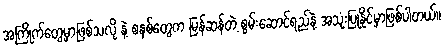
အကြိုက်တွေ့မှာဖြစ်သလို နဲ့ စနစ်တွေက မြန်ဆန်တဲ့ စွမ်းဆောင်ရည်နဲ့ အသုံးပြုနိုင်မှာဖြစ်ပါတယ်။